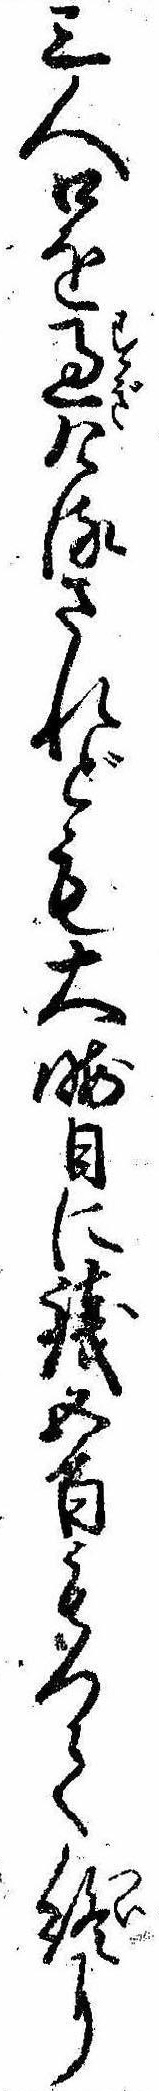
三人口を過けるされども大晦日に銭五百もつて終に